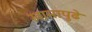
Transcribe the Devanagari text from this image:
खानापुढे